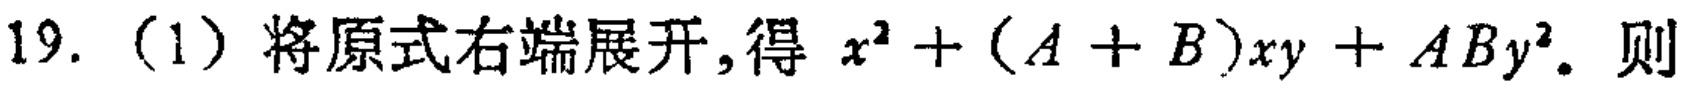
19. (1) 将原式右端展开,得 \(x^{2}+(A + B)xy + ABy^{2}\). 则